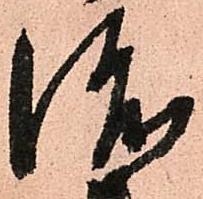
渡